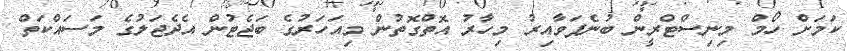
ކަމަށް ހޯމް މިނިސްޓްރީން ބުނެފަވާއިރު މިހާރު އޮތްގޮތުން މިއަހަރުގެ ބަޖެޓުން އެދެޖަލުގެ މަސައްކަތް